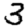
Digit: 3